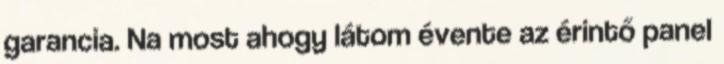
garancia. Na most ahogy látom évente az érintő panel